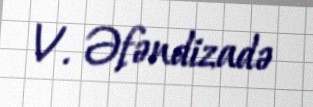
V. Əfəndizadə